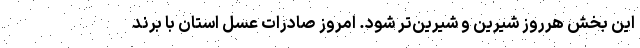
این بخش هرروز شیرین و شیرین‌تر شود. امروز صادرات عسل استان با برند